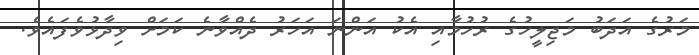
މަރުގެ އަދަބު މަޖިލީހުގެ ރުހުމާއި އެކު އަންނަ އަހަރު ދެއްވާނެ ކަމަށް ވިދާޅުވެފައެވެ.